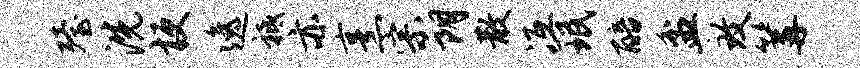
殪洗梗逸祗亦烹宗朗散冱珉醅盆致篝